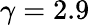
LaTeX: \gamma=2.9